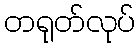
တရုတ်လုပ်